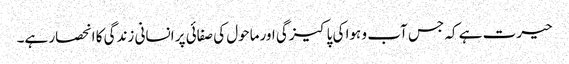
حیرت ہے کہ جس آب و ہوا کی پاکیزگی اورماحول کی صفائی پر انسانی زندگی کا انحصار ہے۔